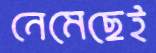
নেমেছেই